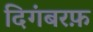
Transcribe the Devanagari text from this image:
दिगंबरफ़